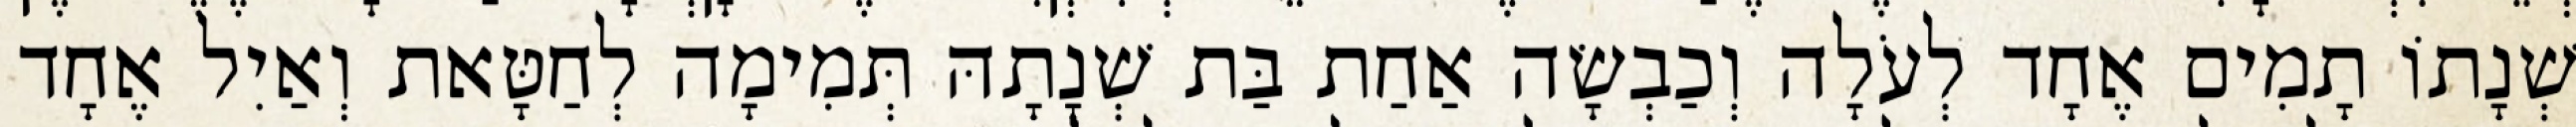
שְׁנָתוֹ תָמִים אֶחָד לְעֹלָה וְכַבְשָׂה אַחַת בַּת שְׁנָתָהּ תְּמִימָה לְחַטָּאת וְאַיִל אֶחָד